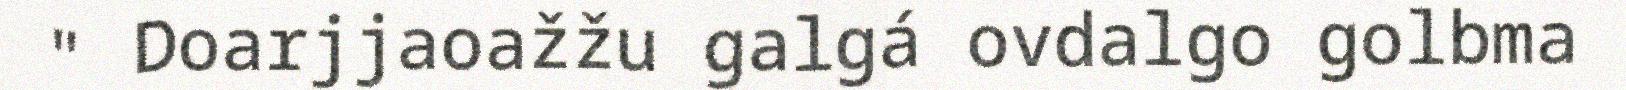
" Doarjjaoažžu galgá ovdalgo golbma